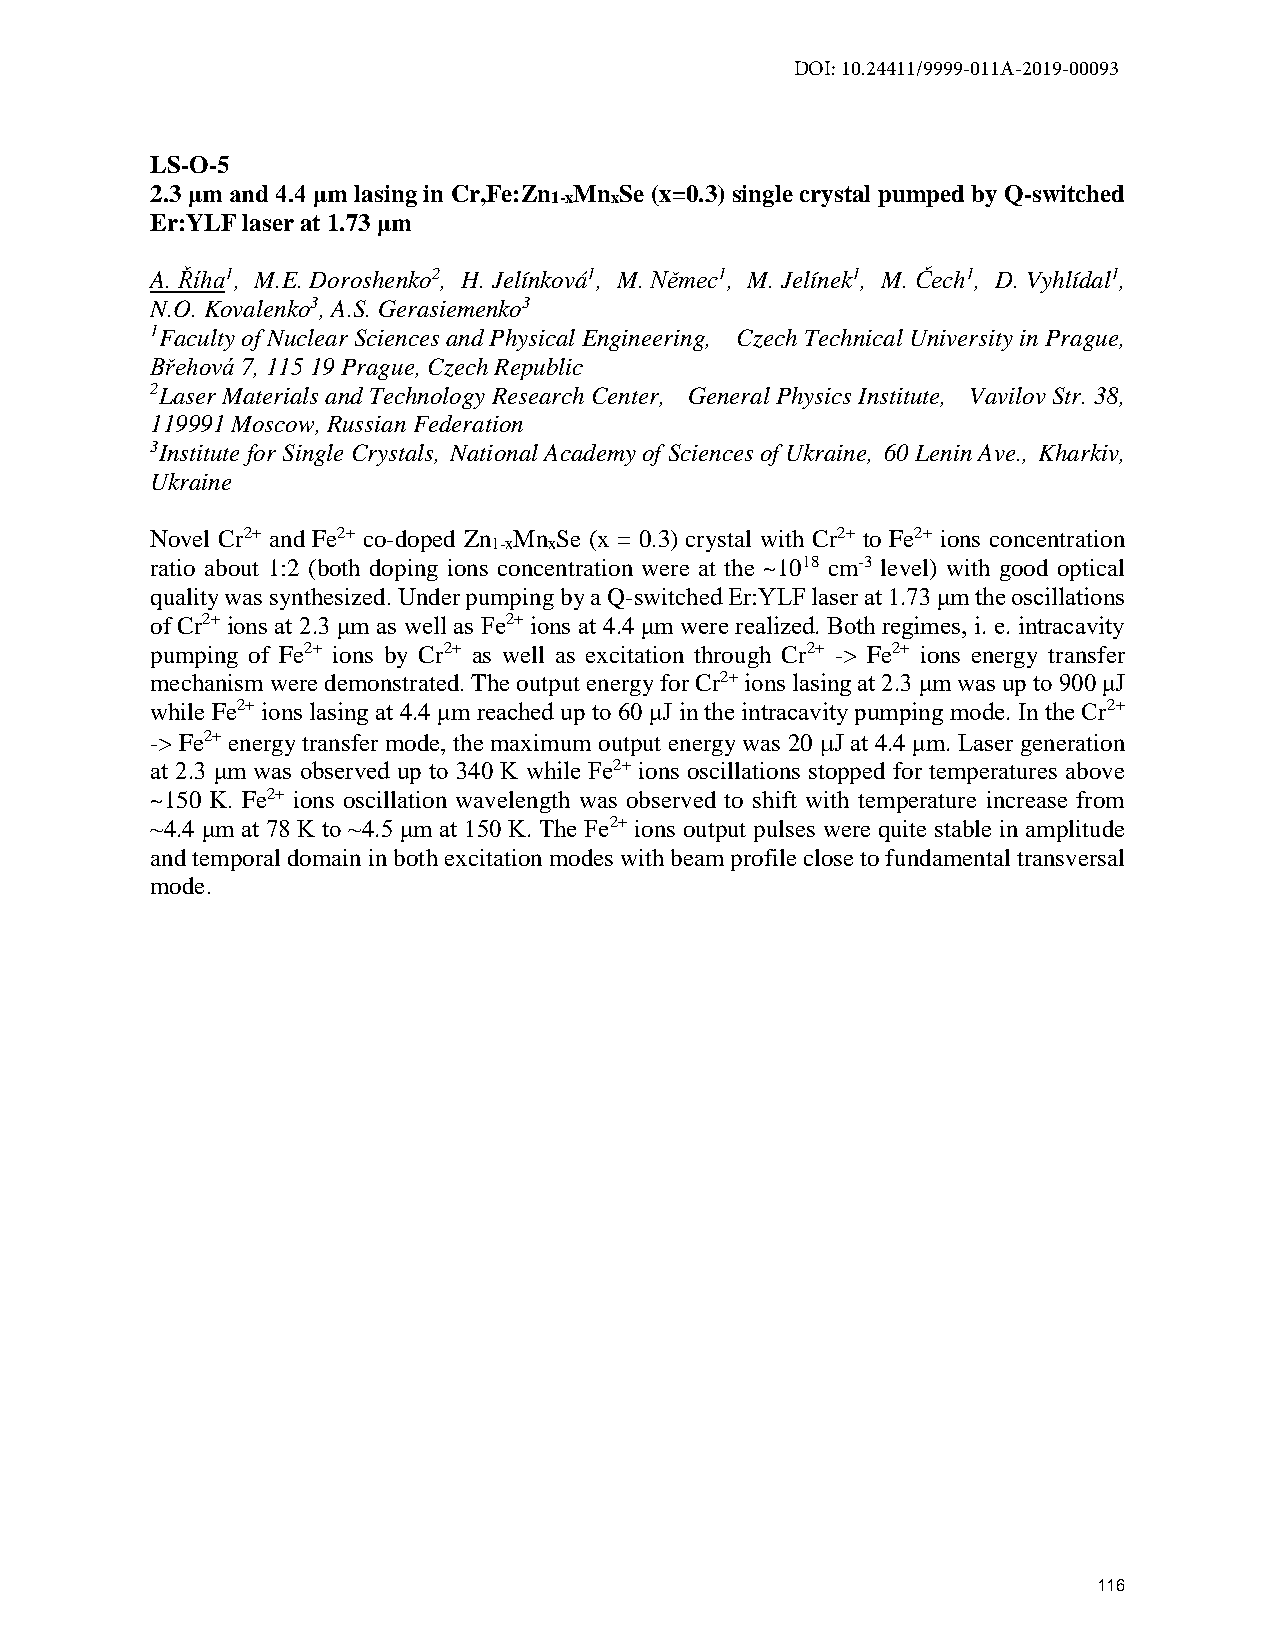
DOI: 10.24411/9999-011A-2019-00093
 LS-O-5
 2.3 μm and 4.4 μm lasing in Cr,Fe:Zn Mn Se (x=0.3) single crystal pumped by Q-switched
 1-x x
 Er:YLF laser at 1.73 μm
 A. Říha1, M.E. Doroshenko2, H. Jelínková1, M. Němec1, M. Jelínek1, M. Čech1, D. Vyhlídal1,
 N.O. Kovalenko3, A.S. Gerasiemenko3
 1Faculty of Nuclear Sciences and Physical Engineering, Czech Technical University in Prague,
 Břehová 7, 115 19 Prague, Czech Republic
 2Laser Materials and Technology Research Center, General Physics Institute, Vavilov Str. 38,
 119991 Moscow, Russian Federation
 3Institute for Single Crystals, National Academy of Sciences of Ukraine, 60 Lenin Ave., Kharkiv,
 Ukraine
 Novel Cr2+ and Fe2+ co-doped Zn Mn Se (x = 0.3) crystal with Cr2+ to Fe2+ ions concentration
 1-x x
 ratio about 1:2 (both doping ions concentration were at the ~1018 cm-3 level) with good optical
 quality was synthesized. Under pumping by a Q-switched Er:YLF laser at 1.73 μm the oscillations
 of Cr2+ ions at 2.3 μm as well as Fe2+ ions at 4.4 μm were realized. Both regimes, i. e. intracavity
 pumping of Fe2+ ions by Cr2+ as well as excitation through Cr2+ -> Fe2+ ions energy transfer
 mechanism were demonstrated. The output energy for Cr2+ ions lasing at 2.3 μm was up to 900 μJ
 while Fe2+ ions lasing at 4.4 μm reached up to 60 μJ in the intracavity pumping mode. In the Cr2+
 -> Fe2+ energy transfer mode, the maximum output energy was 20 J at 4.4 μm. Laser generation
 at 2.3 μm was observed up to 340 K while Fe2+ ions oscillations stopped for temperatures above
 ~150 K. Fe2+ ions oscillation wavelength was observed to shift with temperature increase from
 ~4.4 μm at 78 K to ~4.5 μm at 150 K. The Fe2+ ions output pulses were quite stable in amplitude
 and temporal domain in both excitation modes with beam profile close to fundamental transversal
 mode.
 116